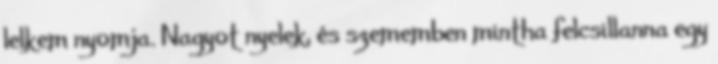
lelkem nyomja. Nagyot nyelek, és szememben mintha felcsillanna egy